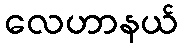
လေဟာနယ်